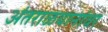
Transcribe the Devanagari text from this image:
अंतराळयानांवर